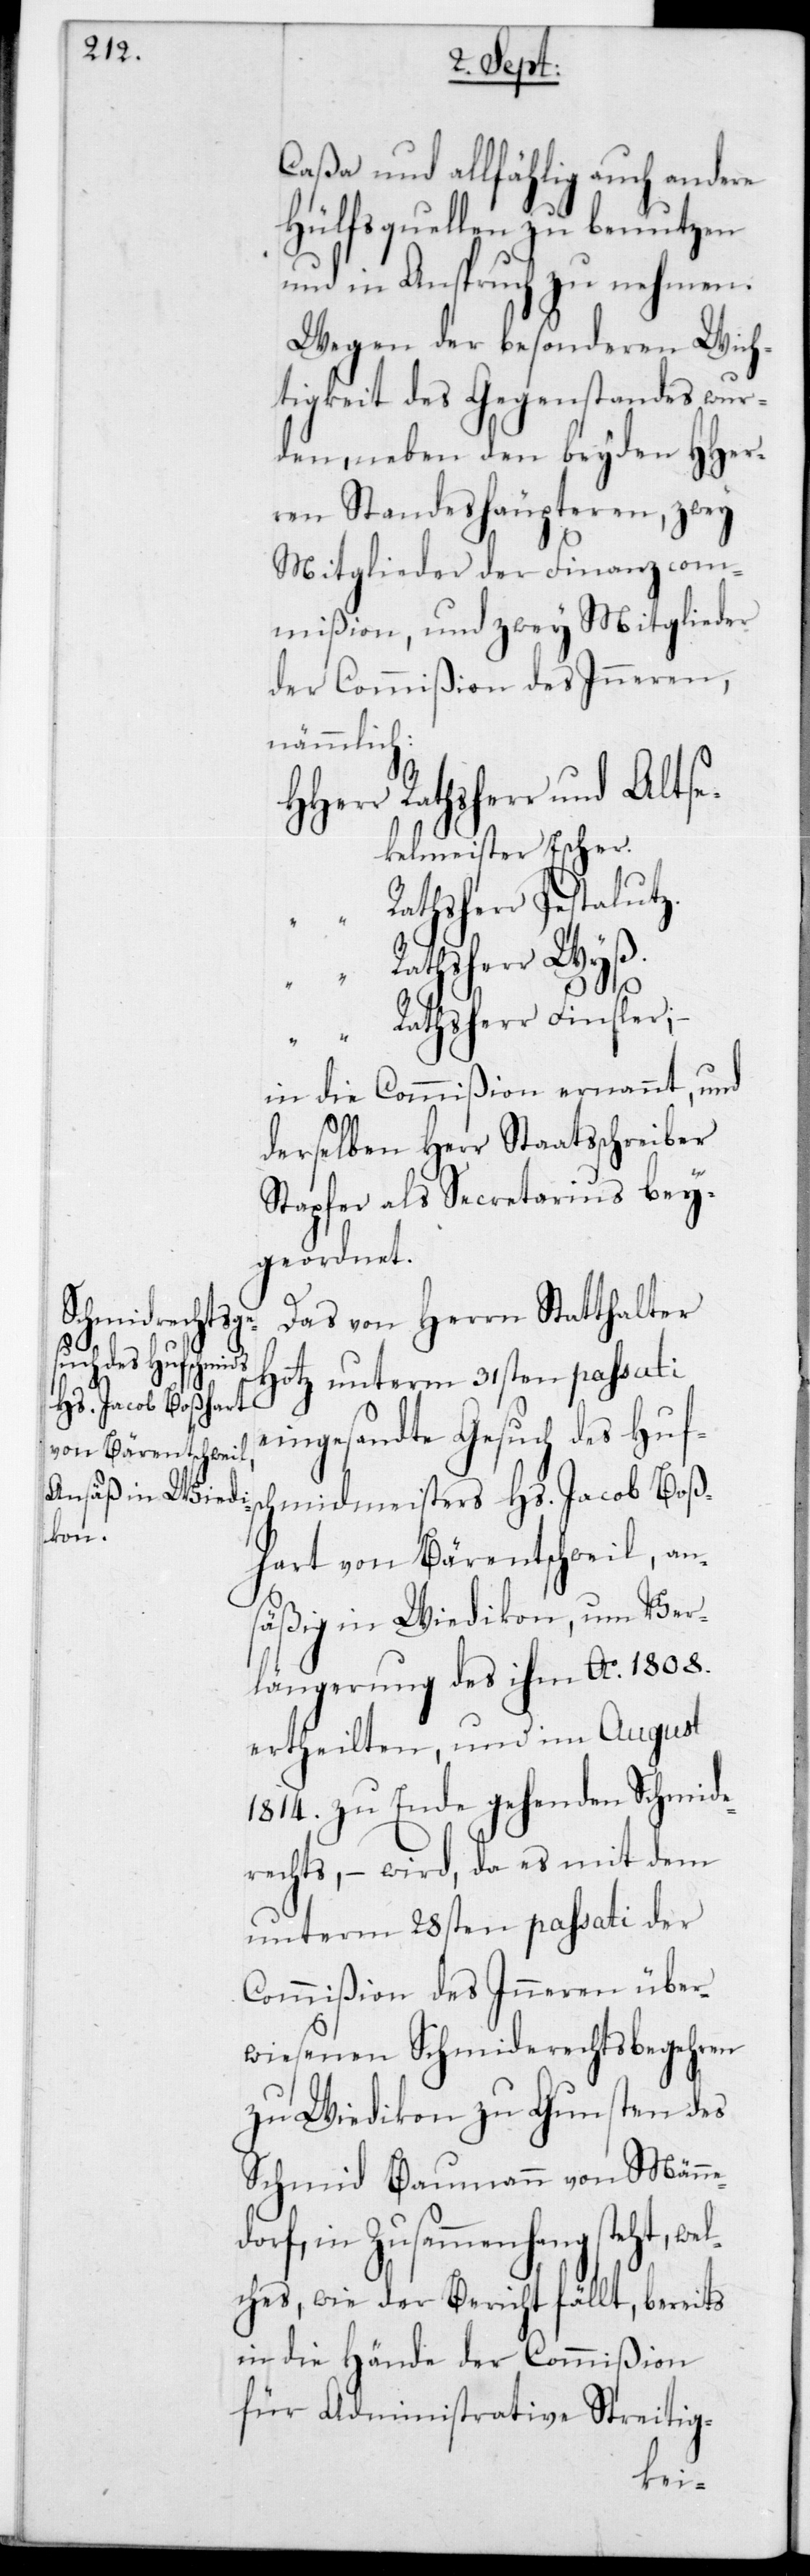
Caßa und allfählig auch andere
Hülfsquellen zu benutzen
und in Anspruch zu nehmen.
Wegen der besonderen Wich¬
tigkeit des Gegenstandes wur¬
den, neben den beyden HHer¬
renStandeshäupteren, zwey
Mitglieder der Finanzcom¬
mißion und zwey Mitglieder
der Commißion des Inneren,
nämmlich:
Rathsherr und Altse¬
kelmeister Escher.
Rathsherr Pestalutz.
wel¬
Rathsherr Finsler;
in die Commißion ernannt, und
derselben Herr Staatsschreiber
Stapfer als Secretarius bey¬
geordnet.
Das von Herrn Statthalter
Hotz unterm 31sten passati
eingesandte Gesuch des Hufs¬
chmidmeisters Hs. Jacob Boß¬
hart von Bärentschweil, an¬
säßig in Wiedikon, um Ver¬
längerung des ihm Ao 1808
ertheilten, und im August
1814 zu Ende gehenden Schmide¬
rechts, – wird, da es mit dem
unterm 28sten passati der
Commißion des Inneren über¬
wiesenen Schmiderechtsbegehren
zu Wiedikon zu Gunsten des
Schmid Baumann von Männ¬
orf, in Zusammenhang steht,
ches, wie der Bericht fällt, bereits
in die Hände der Commißion
für Administrative Streitig-